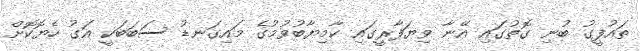
ތައުފީގު ބުނި ގޮތުގައި އޭނާ ވިޔަފާރީގައި ކާމިޔާބުވުމުގެ މައިގަނޑު ސަބަބަކީ އަގު ހެޔޮކޮށް